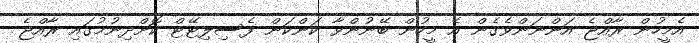
އެމީހުން ރާއްޖެ އަންނަންވެގެން އެ މީހުން ބޭނުންވާ ކަންކަން ފެސިލިޓޭޓް ކޮށްދިނުމުގައި ރާއްޖެ